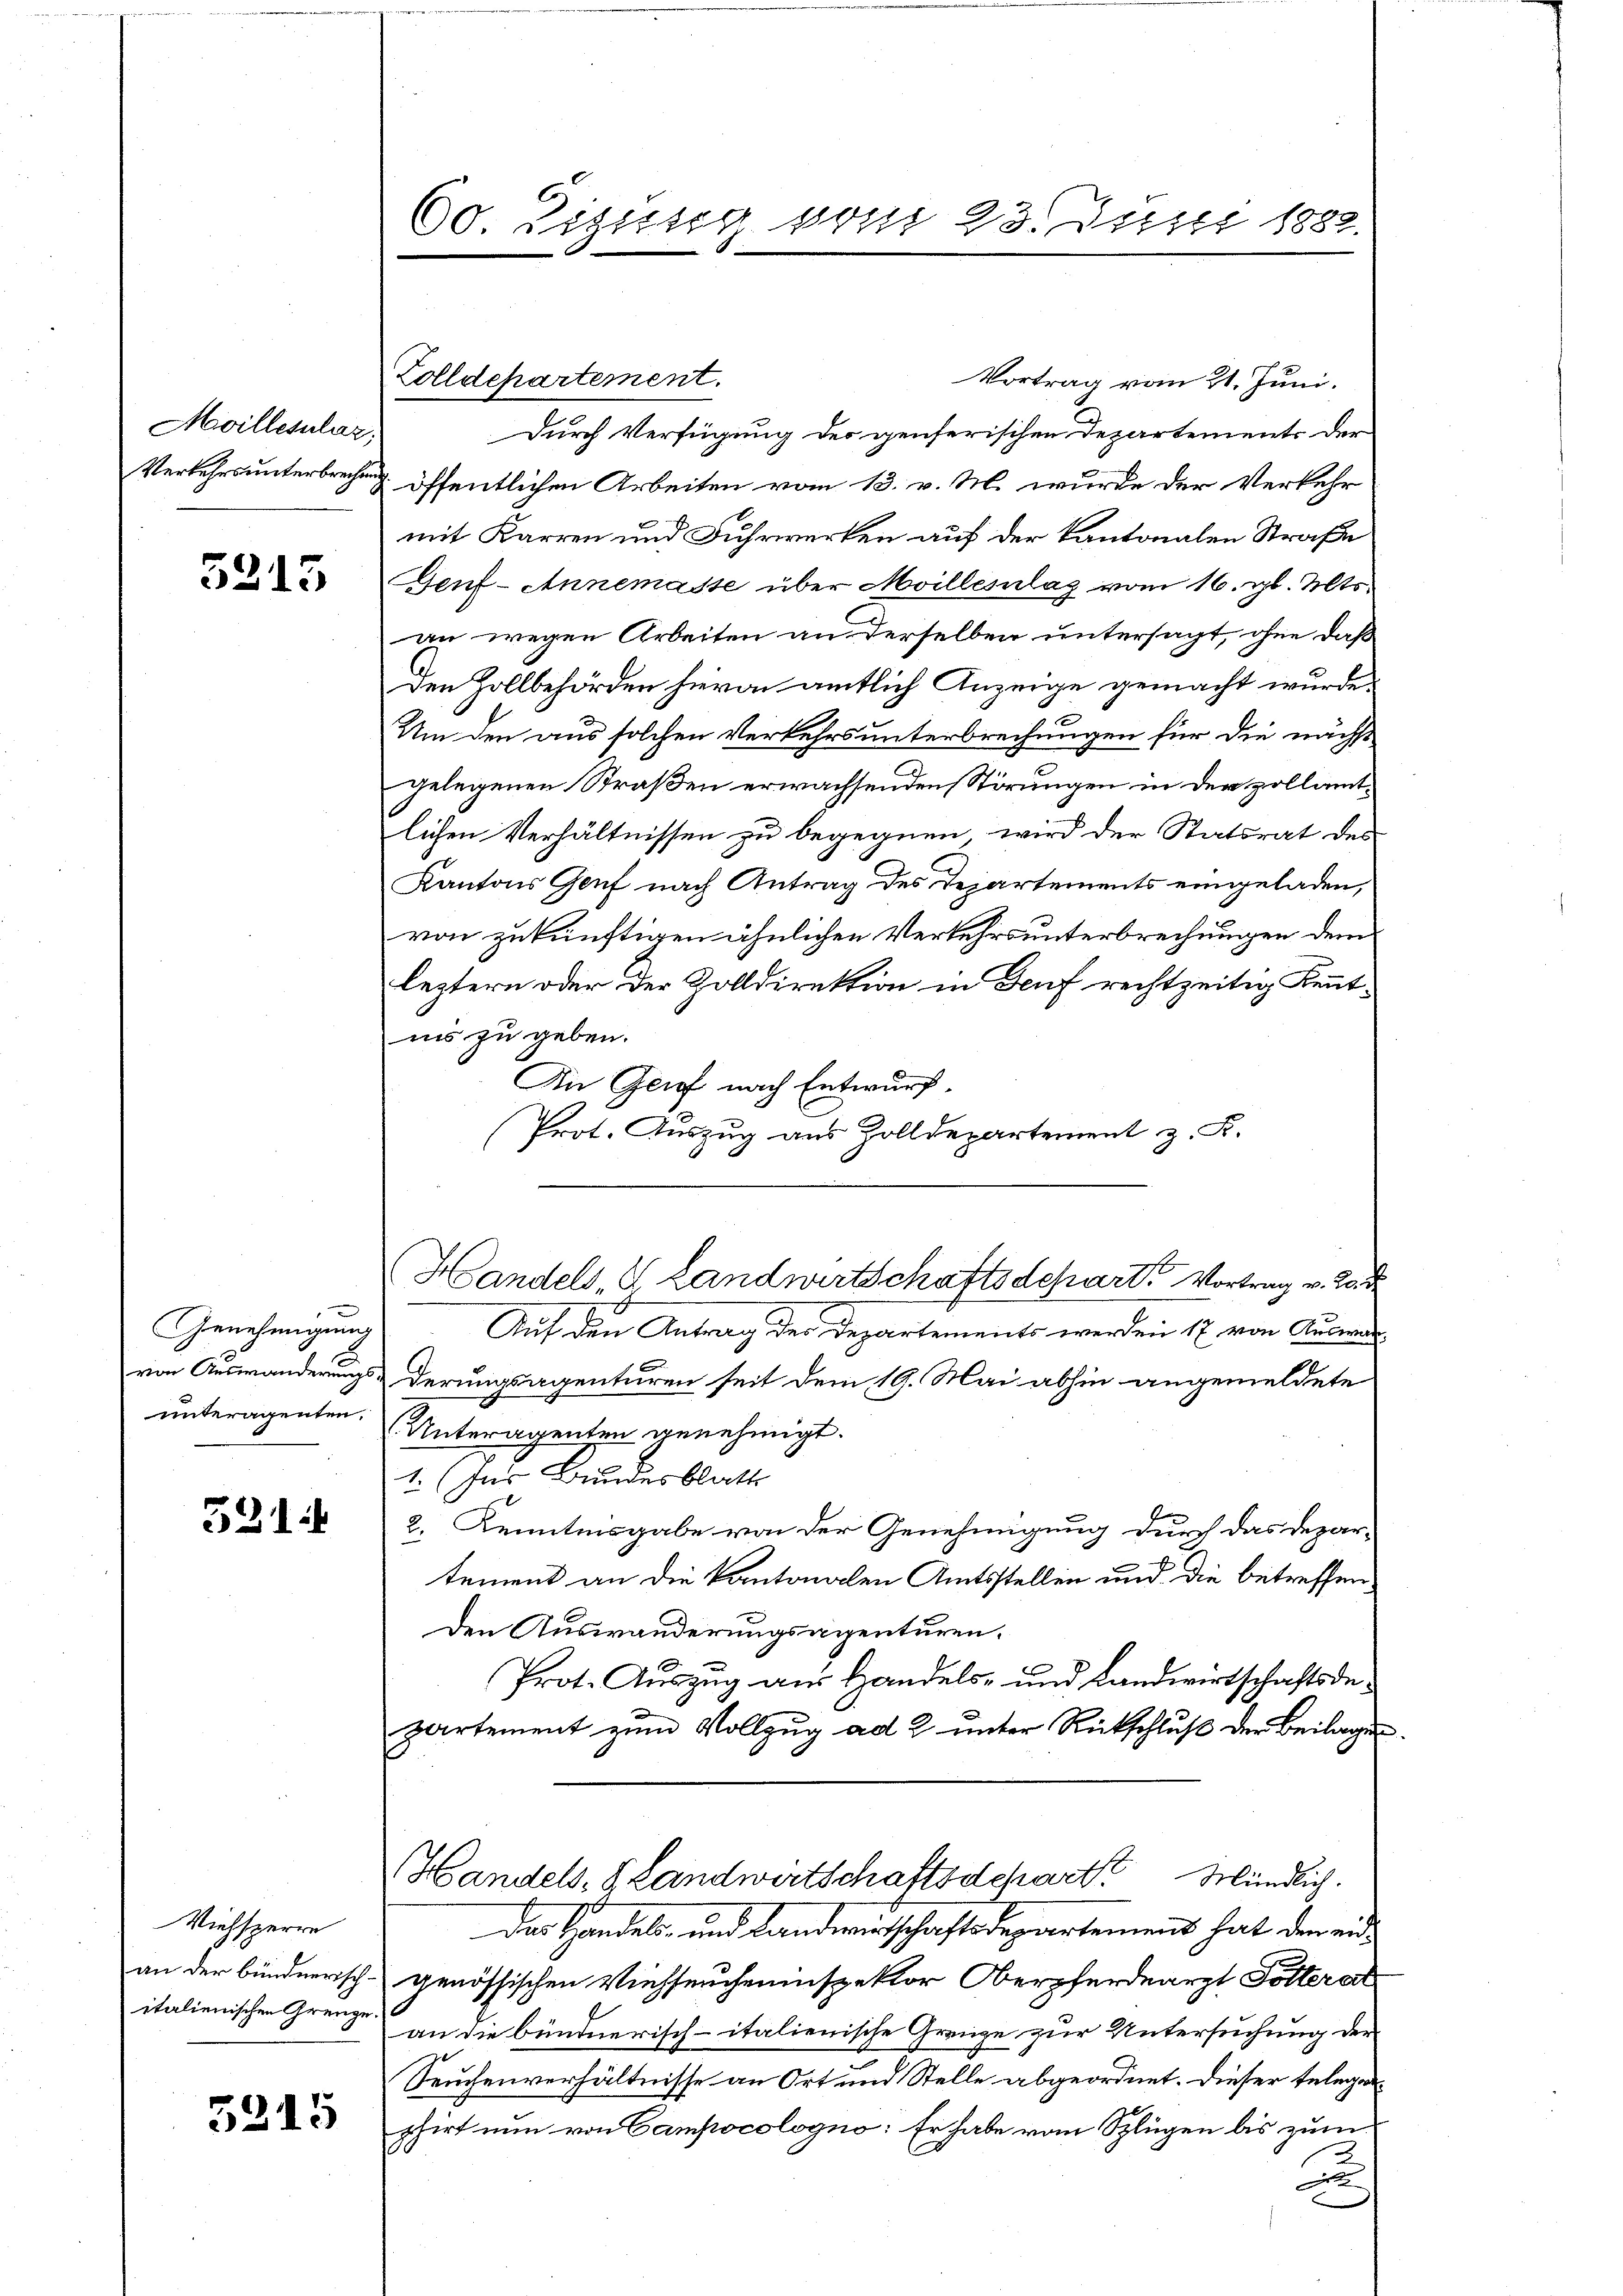
Moillesalaz,

5315

-
Genehmigung
von Auswanderungs-
unteragenten.

521

Viehsperre
an der bündnerischitalienischen Grenze.

5215

60 Tigung vom 23. Juni 1882.

Zolldepartement.

Vortrag vom 21. Juni.
Durch Verfügung des genserischen Departements der
Verkehrs unterbrechen & öffentlichen Arbeiten vom 13. v. M. wurde der Verkehr
mit Karren und Fuhrwerken auf der kantonalen Straße
Genf-Annemasse über Moillesclaz vom 16. gl. Mts.
zu wegen Arbeiten an derselben untersagt, ohne daß
den Zollbehörden hievon amtlich Anzeige gemacht wurde.
Um den aus solchen Verkehrs unterbrechungen für die nächst
gelegenen Straßen erwachsenden Störungen in der zollamtlichen Verhältnissen zu begegnen wird der Statsrat des
Kantons Genf nach Antrag des Departements eingeladen,
von zukünftigen ähnlichen Verkehrsunterbrechungen dem
leztern oder der Zolldirektion in Deuf rechtzeitig Kenntin zu geben.
An Grief nach Entwurf.
Prot. Auszug aus Zolldepartement z. K.
Auf den Antrag der Departements werden 17. von Auswar
derungsagenturen seit dem 19. Mai abhin angemeldete
Unteragenten genehmigt.
1. (Jus Bundesblatt
2. Kenntnisgabe von der Genehmigung durch das Depar-
tement an die Kantonalen Amtsstellen und die betreffen¬
Den Auswanderungsgegenturen.
Prot. Auszug aus Handels- und Landwirtschaftsdepartement zum Vollzug ad 2. unter Rückschluß der Beilagen
Handels- & Landwirtschaftsdepart Mündlich.
Der Handels, und Landwirtschaftsdepartement hat der eidgenössischen Viehseucheninspektor Oberpferdearzt Götterat
an die bündnerisch-italienische Grenze zur Untersuchung der
Seuchenverhältnisse an Ort und Stelle abgeordnet. Dieser telegenphirt nun von Campocologno: Er habe vom Splügen bis zum
2
x

Handels, 8 Landwirtschaftsdepart. Vortrag v. 2